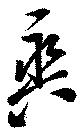
爽